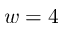
w = 4